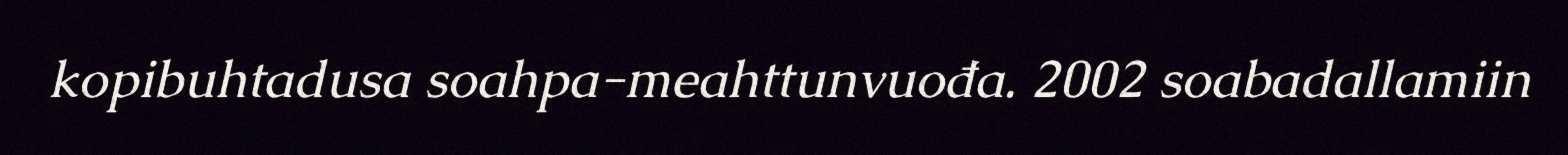
kopibuhtadusa soahpa-meahttunvuođa. 2002 soabadallamiin